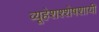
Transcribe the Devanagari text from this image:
व्यूहेशश्शेषशायी